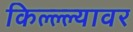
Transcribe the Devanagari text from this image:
किल्ल्ल्यावर